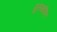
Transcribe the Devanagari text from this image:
गुरूभक्ति